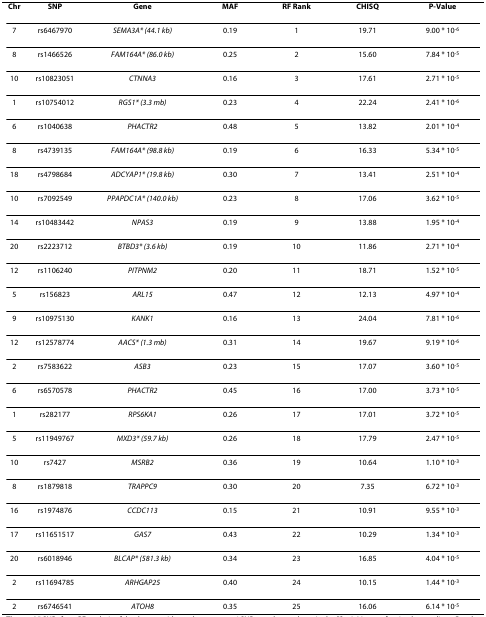
<table><thead><tr><td><b>Chr</b></td><td><b>SNP</b></td><td><b>Gene</b></td><td><b>MAF</b></td><td><b>RF Rank</b></td><td><b>CHISQ</b></td><td><b>P-Value</b></td></tr></thead><tbody><tr><td>7</td><td>rs6467970</td><td><i>SEMA3A* (44.1 kb)</i></td><td>0.19</td><td>1</td><td>19.71</td><td>9.00 * 10<sup>-6</sup></td></tr><tr><td>8</td><td>rs1466526</td><td><i>FAM164A* (86.0 kb)</i></td><td>0.25</td><td>2</td><td>15.60</td><td>7.84 * 10<sup>-5</sup></td></tr><tr><td>10</td><td>rs10823051</td><td><i>CTNNA3</i></td><td>0.16</td><td>3</td><td>17.61</td><td>2.71 * 10<sup>-5</sup></td></tr><tr><td>1</td><td>rs10754012</td><td><i>RGS1* (3.3 mb)</i></td><td>0.23</td><td>4</td><td>22.24</td><td>2.41 * 10<sup>-6</sup></td></tr><tr><td>6</td><td>rs1040638</td><td><i>PHACTR2</i></td><td>0.48</td><td>5</td><td>13.82</td><td>2.01 * 10<sup>-4</sup></td></tr><tr><td>8</td><td>rs4739135</td><td><i>FAM164A* (98.8 kb)</i></td><td>0.19</td><td>6</td><td>16.33</td><td>5.34 * 10<sup>-5</sup></td></tr><tr><td>18</td><td>rs4798684</td><td><i>ADCYAP1* (19.8 kb)</i></td><td>0.30</td><td>7</td><td>13.41</td><td>2.51 * 10<sup>-4</sup></td></tr><tr><td>10</td><td>rs7092549</td><td><i>PPAPDC1A* (140.0 kb)</i></td><td>0.23</td><td>8</td><td>17.06</td><td>3.62 * 10<sup>-5</sup></td></tr><tr><td>14</td><td>rs10483442</td><td><i>NPAS3</i></td><td>0.19</td><td>9</td><td>13.88</td><td>1.95 * 10<sup>-4</sup></td></tr><tr><td>20</td><td>rs2223712</td><td><i>BTBD3* (3.6 kb)</i></td><td>0.19</td><td>10</td><td>11.86</td><td>2.71 * 10<sup>-4</sup></td></tr><tr><td>12</td><td>rs1106240</td><td><i>PITPNM2</i></td><td>0.20</td><td>11</td><td>18.71</td><td>1.52 * 10<sup>-5</sup></td></tr><tr><td>5</td><td>rs156823</td><td><i>ARL15</i></td><td>0.47</td><td>12</td><td>12.13</td><td>4.97 * 10<sup>-4</sup></td></tr><tr><td>9</td><td>rs10975130</td><td><i>KANK1</i></td><td>0.16</td><td>13</td><td>24.04</td><td>7.81 * 10<sup>-6</sup></td></tr><tr><td>12</td><td>rs12578774</td><td><i>AACS* (1.3 mb)</i></td><td>0.31</td><td>14</td><td>19.67</td><td>9.19 * 10<sup>-6</sup></td></tr><tr><td>2</td><td>rs7583622</td><td><i>ASB3</i></td><td>0.23</td><td>15</td><td>17.07</td><td>3.60 * 10<sup>-5</sup></td></tr><tr><td>6</td><td>rs6570578</td><td><i>PHACTR2</i></td><td>0.45</td><td>16</td><td>17.00</td><td>3.73 * 10<sup>-5</sup></td></tr><tr><td>1</td><td>rs282177</td><td><i>RPS6KA1</i></td><td>0.26</td><td>17</td><td>17.01</td><td>3.72 * 10<sup>-5</sup></td></tr><tr><td>5</td><td>rs11949767</td><td><i>MXD3* (59.7 kb)</i></td><td>0.26</td><td>18</td><td>17.79</td><td>2.47 * 10<sup>-5</sup></td></tr><tr><td>10</td><td>rs7427</td><td><i>MSRB2</i></td><td>0.36</td><td>19</td><td>10.64</td><td>1.10 * 10<sup>-3</sup></td></tr><tr><td>8</td><td>rs1879818</td><td><i>TRAPPC9</i></td><td>0.30</td><td>20</td><td>7.35</td><td>6.72 * 10<sup>-3</sup></td></tr><tr><td>16</td><td>rs1974876</td><td><i>CCDC113</i></td><td>0.15</td><td>21</td><td>10.91</td><td>9.55 * 10<sup>-3</sup></td></tr><tr><td>17</td><td>rs11651517</td><td><i>GAS7</i></td><td>0.43</td><td>22</td><td>10.29</td><td>1.34 * 10<sup>-3</sup></td></tr><tr><td>20</td><td>rs6018946</td><td><i>BLCAP* (581.3 kb)</i></td><td>0.34</td><td>23</td><td>16.85</td><td>4.04 * 10<sup>-5</sup></td></tr><tr><td>2</td><td>rs11694785</td><td><i>ARHGAP25</i></td><td>0.40</td><td>24</td><td>10.15</td><td>1.44 * 10<sup>-3</sup></td></tr><tr><td>2</td><td>rs6746541</td><td><i>ATOH8</i></td><td>0.35</td><td>25</td><td>16.06</td><td>6.14 * 10<sup>-5</sup></td></tr></tbody></table>